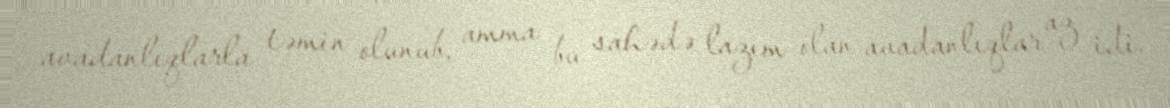
avadanlıqlarla təmin olunub, amma bu sahədə lazım olan avadanlıqlar az idi.